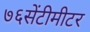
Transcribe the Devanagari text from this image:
७६सेंटीमीटर